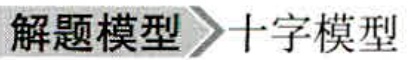
解题模型$\rhd$十字模型